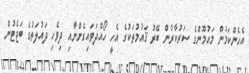
އެހެންކަމުން މައުމޫންގެ ސަރުކާރުން ބޭރު ޤައުމުތަކުގެ އެހީ ހޯއްދަވައިގެންނާއި ދިވެހި ދައުލަތުގެ ބަޖެޓުން